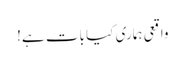
واقعی ہماری کیا بات ہے!